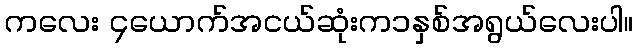
ကလေး ၄ယောက်အငယ်ဆုံးက၁နှစ်အရွယ်လေးပါ။